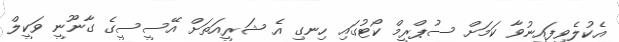
އެކުލެވިފައިނުވާ ކަމަށް ސުޕްރީމް ކޯޓުގައި ހިނގި އެ ޝަރީއަތަށް އޭސީސީގެ ގާނޫނީ ވަކީލް